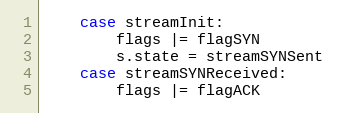
Language: Go
	case streamInit:
		flags |= flagSYN
		s.state = streamSYNSent
	case streamSYNReceived:
		flags |= flagACK